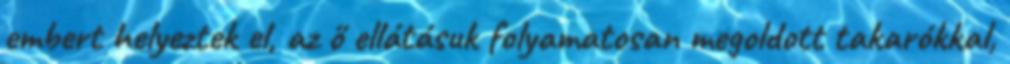
embert helyeztek el, az ő ellátásuk folyamatosan megoldott takarókkal,